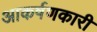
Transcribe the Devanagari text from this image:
आकर्षणकारी